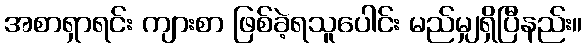
အစာရှာရင်း ကျားစာ ဖြစ်ခဲ့ရသူပေါင်း မည်မျှရှိပြီနည်း။